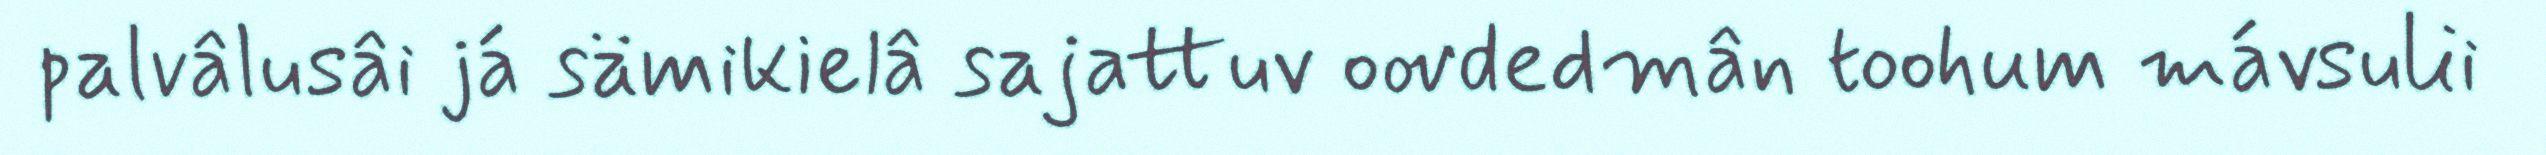
palvâlusâi já sämikielâ sajattuv oovdedmân toohum mávsulii